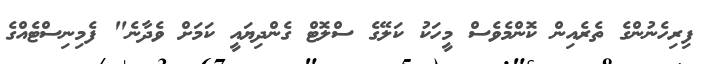
ފިރިހެނުންގެ ތެރެއިން ކޮންމެވެސް މީހަކު ކަލޭގެ ސްލޮޓް ގެންދިޔައީ ކަމަށް ވެދާނެ" ފެމިނިސްޓެއްގެ